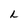
Character: I